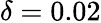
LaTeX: \delta=0.02